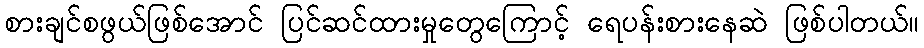
စားချင်စဖွယ်ဖြစ်အောင် ပြင်ဆင်ထားမှုတွေကြောင့် ရေပန်းစားနေဆဲ ဖြစ်ပါတယ်။